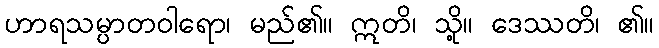
ဟာရသမ္ပာတဝါရော၊ မည်၏။ ဣတိ၊ သို့။ ဒေဿတိ၊ ၏။